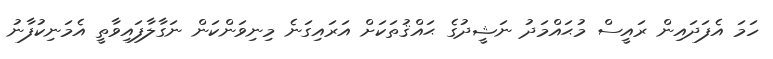
ހަމަ އެފަދައިން ރައީސް މުޙައްމަދު ނަޝީދުގެ ޙައްޤުތަކަށް އަރައިގަނެ މިނިވަންކަން ނަގާލާފައިވާތީ އެމަނިކުފާނު